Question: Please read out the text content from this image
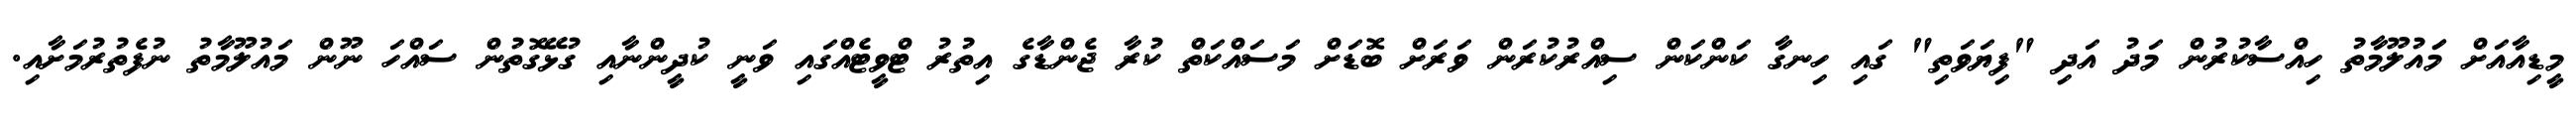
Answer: މީޑިއާއަށް މަައުލޫމާތު ހިއްސާކުރުން މަދު އަދި "ފިޔަވަތި" ގައި ހިނގާ ކަންކަން ސިއްރުކުރަން ވަރަށް ބޮޑަށް މަސައްކަތް ކުރާ ޖެންޑާގެ އިތުރު ޓްވީޓެއްގައި ވަނީ ކުދީންނާއި ގުޅޭގޮތުން ސައްހަ ނޫން މައުލޫމާތު ނުފެތުރުމަށާއި.